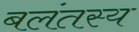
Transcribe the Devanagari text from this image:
बलंतस्य